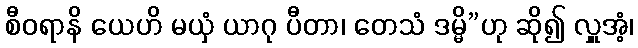
စီဝရာနိ ယေဟိ မယှံ ယာဂု ပီတာ၊ တေသံ ဒမ္မိ”ဟု ဆို၍ လှူအံ့၊